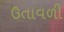
ઉતાવળી